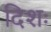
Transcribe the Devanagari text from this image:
दिशः